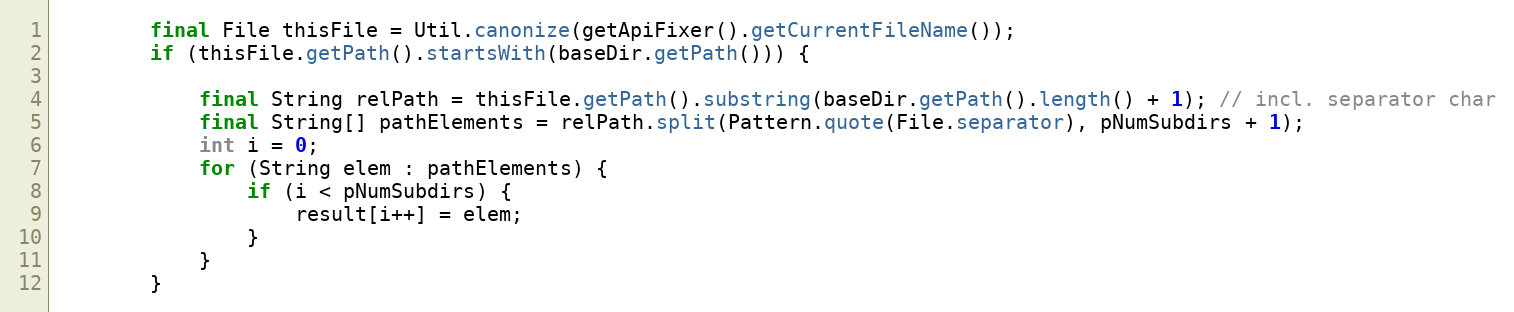
Language: Java
        final File thisFile = Util.canonize(getApiFixer().getCurrentFileName());
        if (thisFile.getPath().startsWith(baseDir.getPath())) {

            final String relPath = thisFile.getPath().substring(baseDir.getPath().length() + 1); // incl. separator char
            final String[] pathElements = relPath.split(Pattern.quote(File.separator), pNumSubdirs + 1);
            int i = 0;
            for (String elem : pathElements) {
                if (i < pNumSubdirs) {
                    result[i++] = elem;
                }
            }
        }